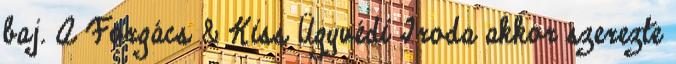
baj. A Forgács & Kiss Ügyvédi Iroda akkor szerezte